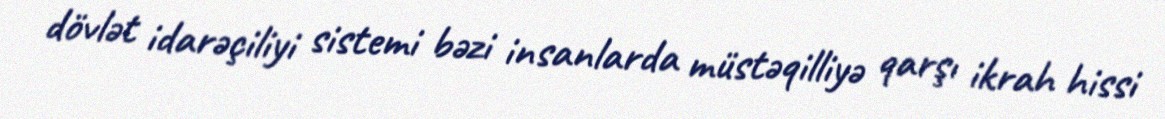
dövlət idarəçiliyi sistemi bəzi insanlarda müstəqilliyə qarşı ikrah hissi